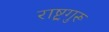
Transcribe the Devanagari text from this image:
राष्ट्रगुरू